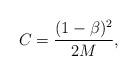
LaTeX: \begin{align*}C = \frac{(1-\beta)^2}{2M},\end{align*}